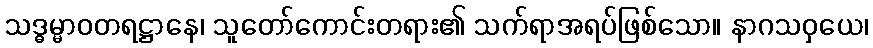
သဒ္ဓမ္မာဝတရဋ္ဌာနေ၊ သူတော်ကောင်းတရား၏ သက်ရာအရပ်ဖြစ်သော။ နာဂသဝှယေ၊